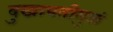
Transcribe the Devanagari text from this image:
दुखापतीमुळं